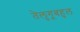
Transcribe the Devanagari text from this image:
तेलुगूबहुल